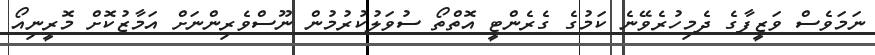
ނަމަވެސް ވަޒީފާގެ ދެމިހުރެވޭނެ ކަމުގެ ގެރެންޓީ އޮތްތޯ ސުވަލުކުރުމުން ނޫސްވެރިންނަށް އަމާޒުކޮށް މޮރީނިއޯ